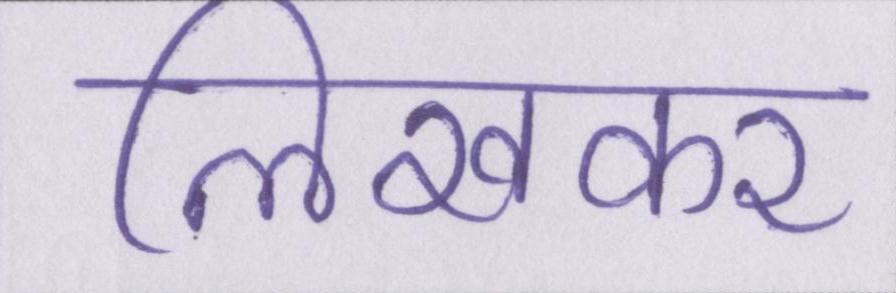
लिखकर